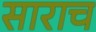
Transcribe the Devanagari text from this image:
साराच